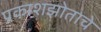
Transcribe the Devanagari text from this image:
प्रकाशझोताचे